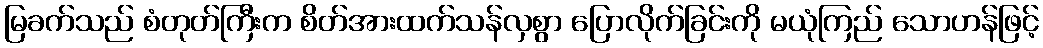
မြခက်သည် စံတုတ်ကြီးက စိတ်အားထက်သန်လှစွာ ပြောလိုက်ခြင်းကို မယုံကြည် သောဟန်ဖြင့်